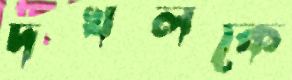
দখলকে